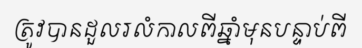
ត្រូវបានដួលរលំកាលពីឆ្នាំមុនបន្ទាប់ពី